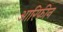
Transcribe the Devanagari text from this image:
आरिफीन